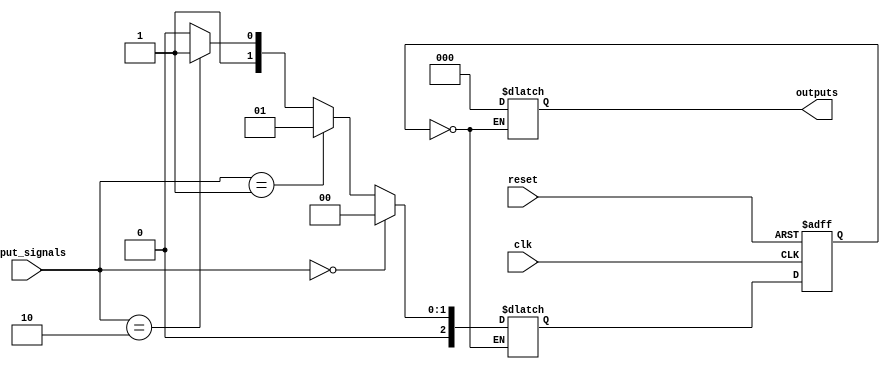
module gray_code_state_machine (
    input wire clk,
    input wire reset,
    input wire [1:0] input_signals,
    output reg [2:0] outputs
);

// State encoding using Gray code
parameter S0 = 3'b000;
parameter S1 = 3'b001;
parameter S2 = 3'b011;
parameter S3 = 3'b010;

// Current state register
reg [2:0] current_state;
reg [2:0] next_state;

// State transition logic
always @ (posedge clk or posedge reset) begin
    if (reset) begin
        current_state <= S0;
    end else begin
        current_state <= next_state;
    end
end

// Decode Gray code states
always @ (*) begin
    case (current_state)
        S0: begin
            if (input_signals == 2'b00) begin
                next_state = S0;
            end else if (input_signals == 2'b01) begin
                next_state = S1;
            end else if (input_signals == 2'b10) begin
                next_state = S2;
            end else begin
                next_state = S3;
            end
        end
        S1: begin
            // Define transitions for S1 state
        end
        S2: begin
            // Define transitions for S2 state
        end
        S3: begin
            // Define transitions for S3 state
        end
    endcase
end

// Drive outputs based on current state
always @ (*) begin
    case (current_state)
        S0: begin
            outputs = 3'b000;
        end
        S1: begin
            // Define outputs for S1 state
        end
        S2: begin
            // Define outputs for S2 state
        end
        S3: begin
            // Define outputs for S3 state
        end
    endcase
end

endmodule